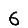
Digit: 6